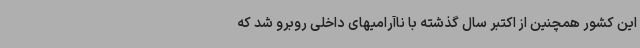
این کشور همچنین از اکتبر سال گذشته با ناآرامیهای داخلی روبرو شد که